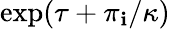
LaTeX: \exp(\tau+\pi_{\mathbf{i}}/\kappa)